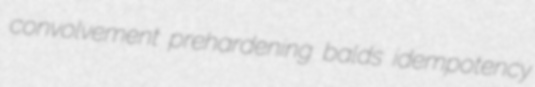
convolvement prehardening balds idempotency